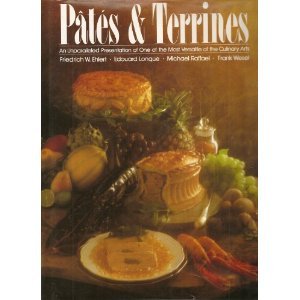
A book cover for PatÃ©s & Terrines; Edouard Lonque; Cookbooks, Food & Wine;